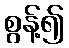
စွန့်၍